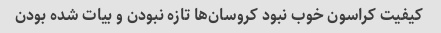
کیفیت کراسون خوب نبود کروسان‌ها تازه نبودن و بیات شده بودن